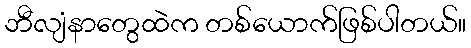
ဘီလျံနာတွေထဲက တစ်ယောက်ဖြစ်ပါတယ်။